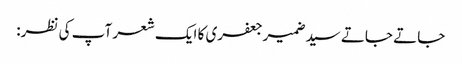
جاتے جاتے سیدضمیرجعفری کا ایک شعر آپ کی نظر: